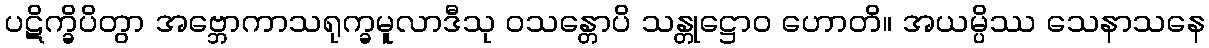
ပဋိက္ခိပိတွာ အဗ္ဘောကာသရုက္ခမူလာဒီသု ဝသန္တောပိ သန္တုဋ္ဌောဝ ဟောတိ။ အယမ္ပိဿ သေနာသနေ